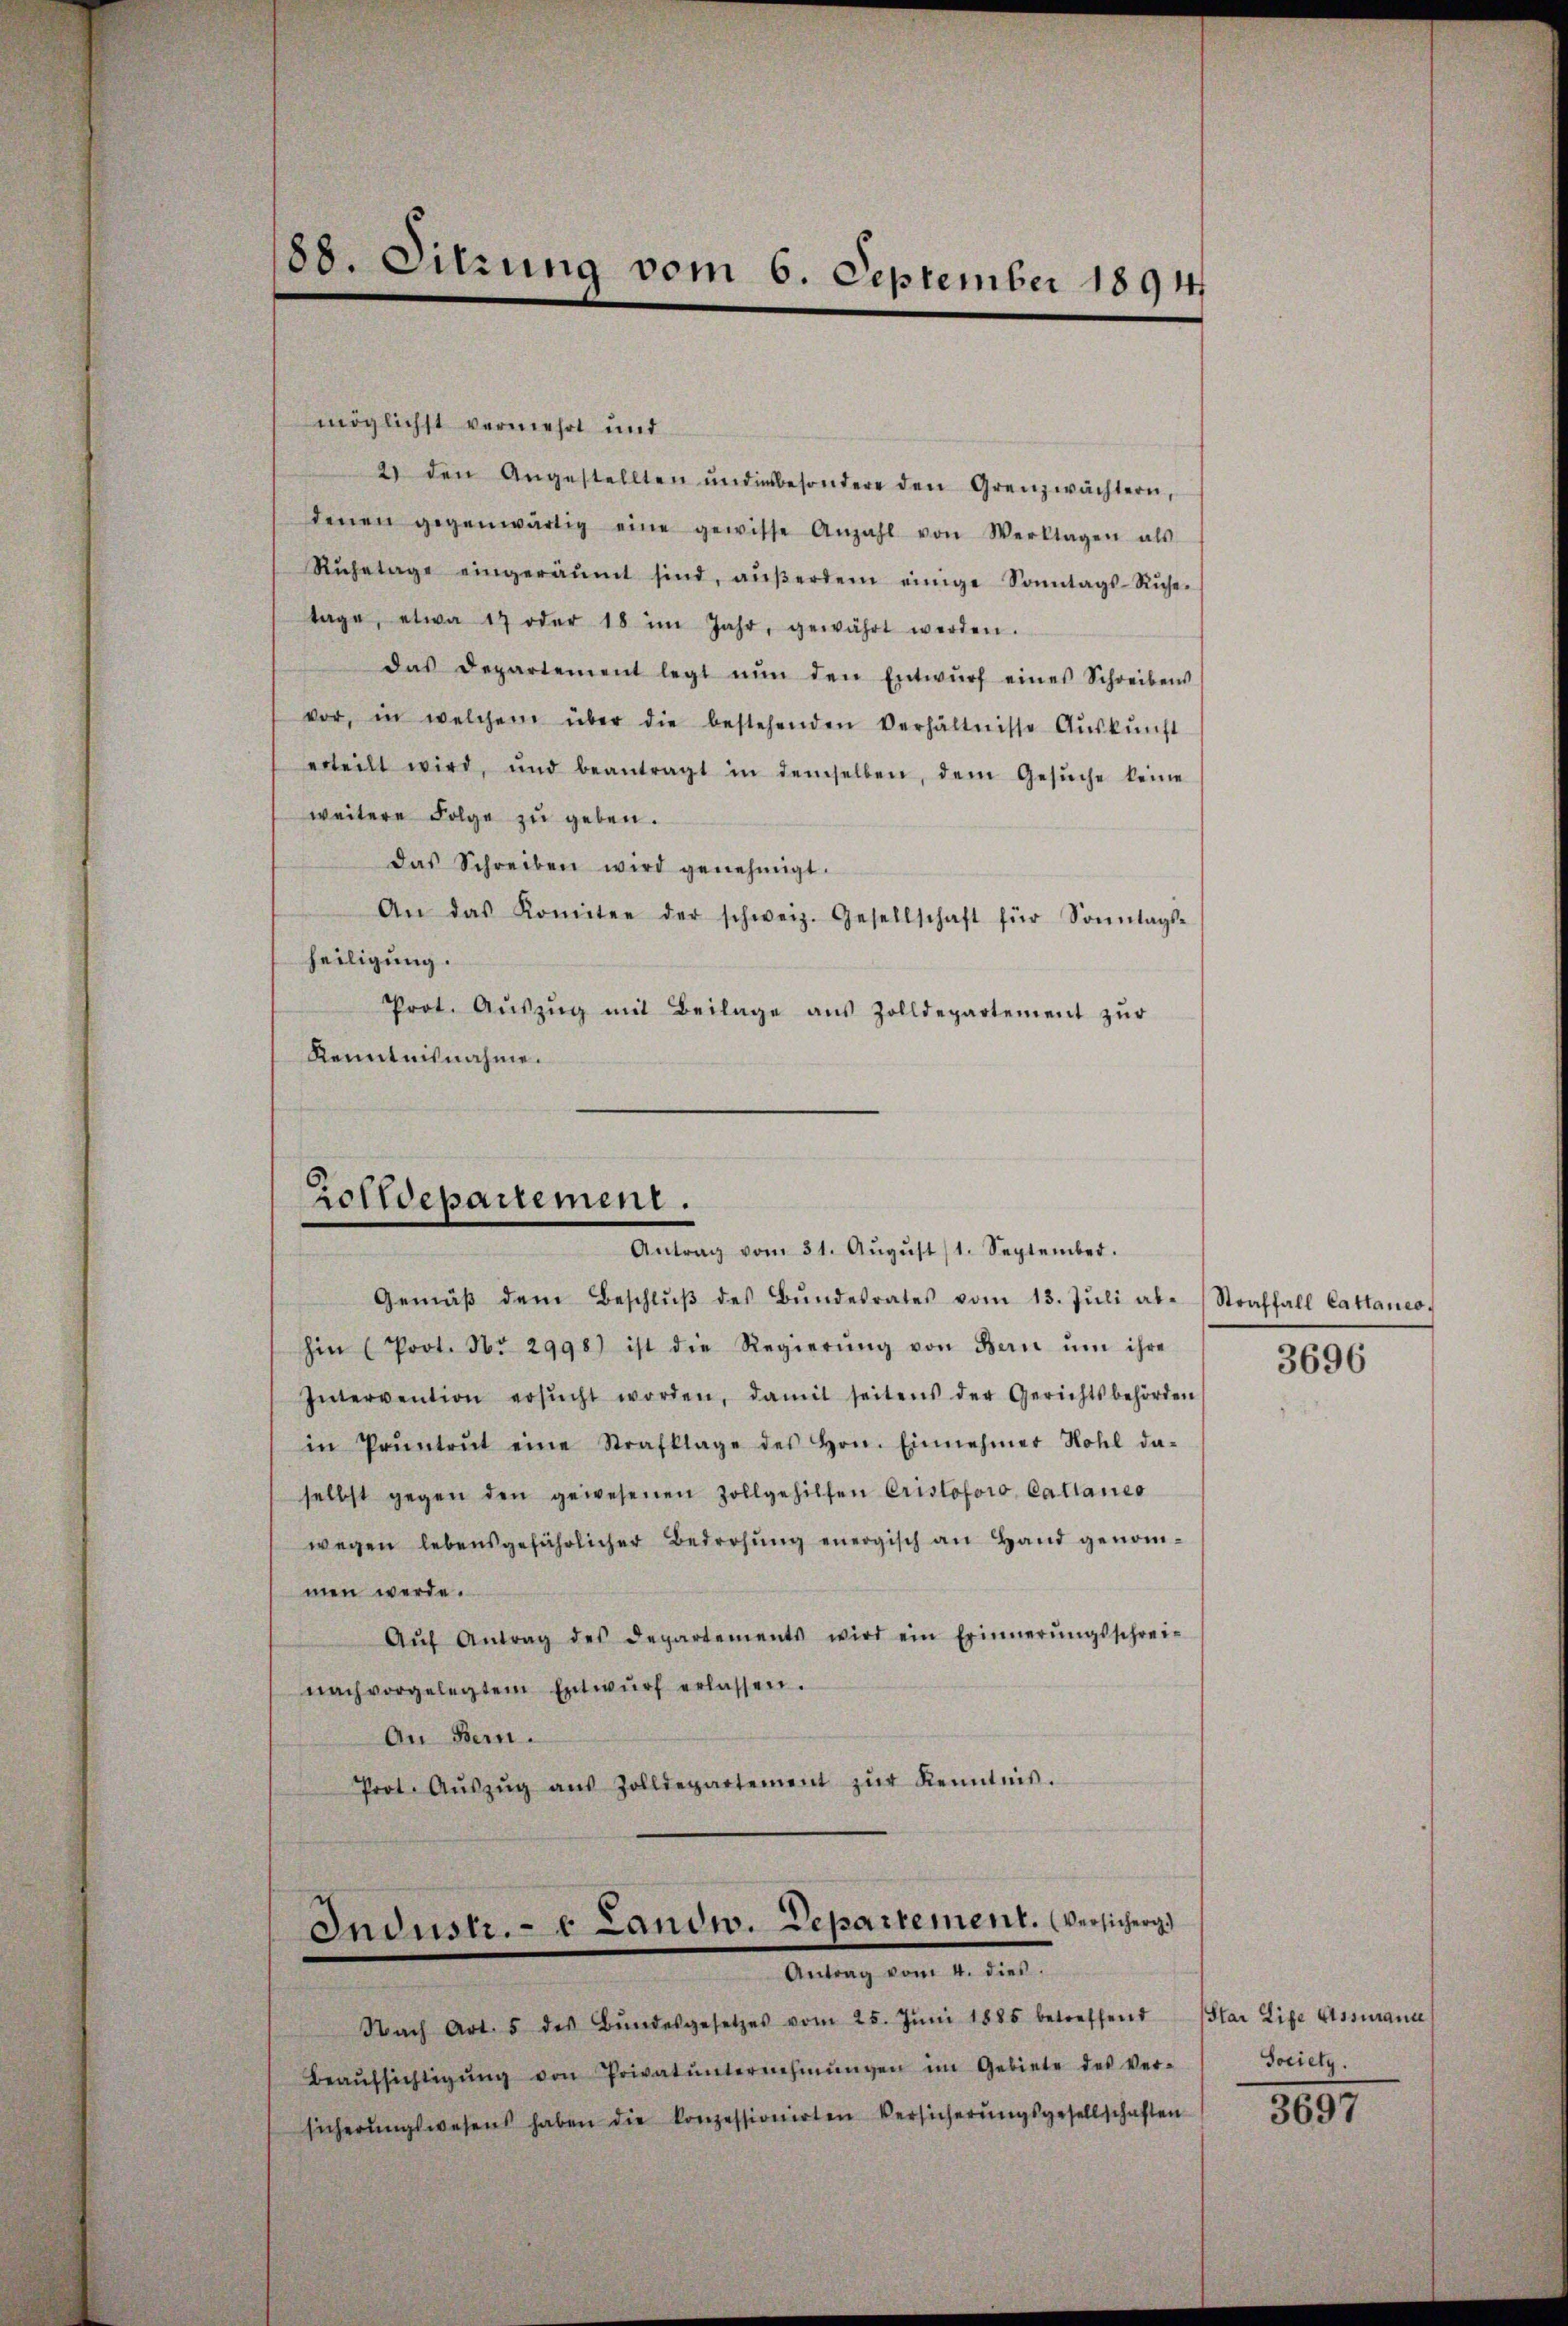
möglichst vermehrt und
2 den Angestellten und insbesondere den Grenzwächtern,
denen gegenwärtig eine gewisse Anzahl von Verklagen als
Rŭhetage eingeräŭmt sind, aŭβerdem einige Sonntags-Rŭhe-
tage, etwa 17 oder 18 im Jahr, gewährt werden.
das Departement legt nŭn den Entwŭrf eines Schreibens
vor, in welchem über die bestehenden Verhältnisse Aŭskŭnft
erteilt wird, und beantragt in demselben, dem Gesŭche keine
weitere Folge zu geben.
das Schreiben wird genehmigt.
An das Komitee der schweiz. Gesellschaft für Sonntags-
heiligung.
Prot. Aŭszŭg mit Beilage aus Zolldepartement zŭr
Kenntnisnahme.

188. Sitzung vom 6. September 1894

Zolldepartement.
Antrag vom 31. Aŭgŭst 1. September.

Gemäβ dem Beschlŭβ des Bŭndesrates vom 13. Jŭli ab. Straffall Cattanco-
hin (Prot. No 2998) ist die Regierŭng von Bern ŭm ihre
Intervention ersŭcht worden, damit seitens der Gerichtsbehörden
in Pruntrŭt eine Strafklage des Hrn. Einnehmer Hohl da-
selbst gegen den gewesenen Zollgehilfen Cristoforo Cattanco
wegen lebensgefährlicher Bedrohŭng energisch an Hand genom-
men werde.
Aŭf Antrag des Departements wird ein Erinnerŭngsschrei-
nach vorgelegtem Entwŭrf erlassen.
An Bern.
Prot. Aŭszŭg aŭs Zolldepartement zŭr Kenntnis.

Industr. - 6 Landw. Departement. Versicherg
Antrag vom 4. dies

Nach Art. 5 des Bŭndesgesetzes vom 25. Jŭni 1885 betreffend
Beaŭfsichtigŭng von Privat ŭnternehmŭngen im Gebiete des Ver- Society.
sicherŭngswesens haben die konzessionirten Versicherŭngsgesellschaften

3696

Star Life Assurance

3697